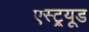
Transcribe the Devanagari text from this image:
एस्ट्र्यूड